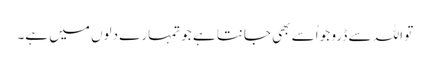
تو اللہ سے ڈرو جو اُسے بھی جانتا ہے جو تمہارے دلوں میں ہے۔